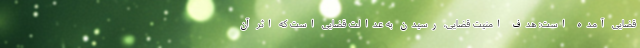
قضایی آمده است: هدف امنیت قضایی، رسیدن به عدالت قضایی است که اثر آن